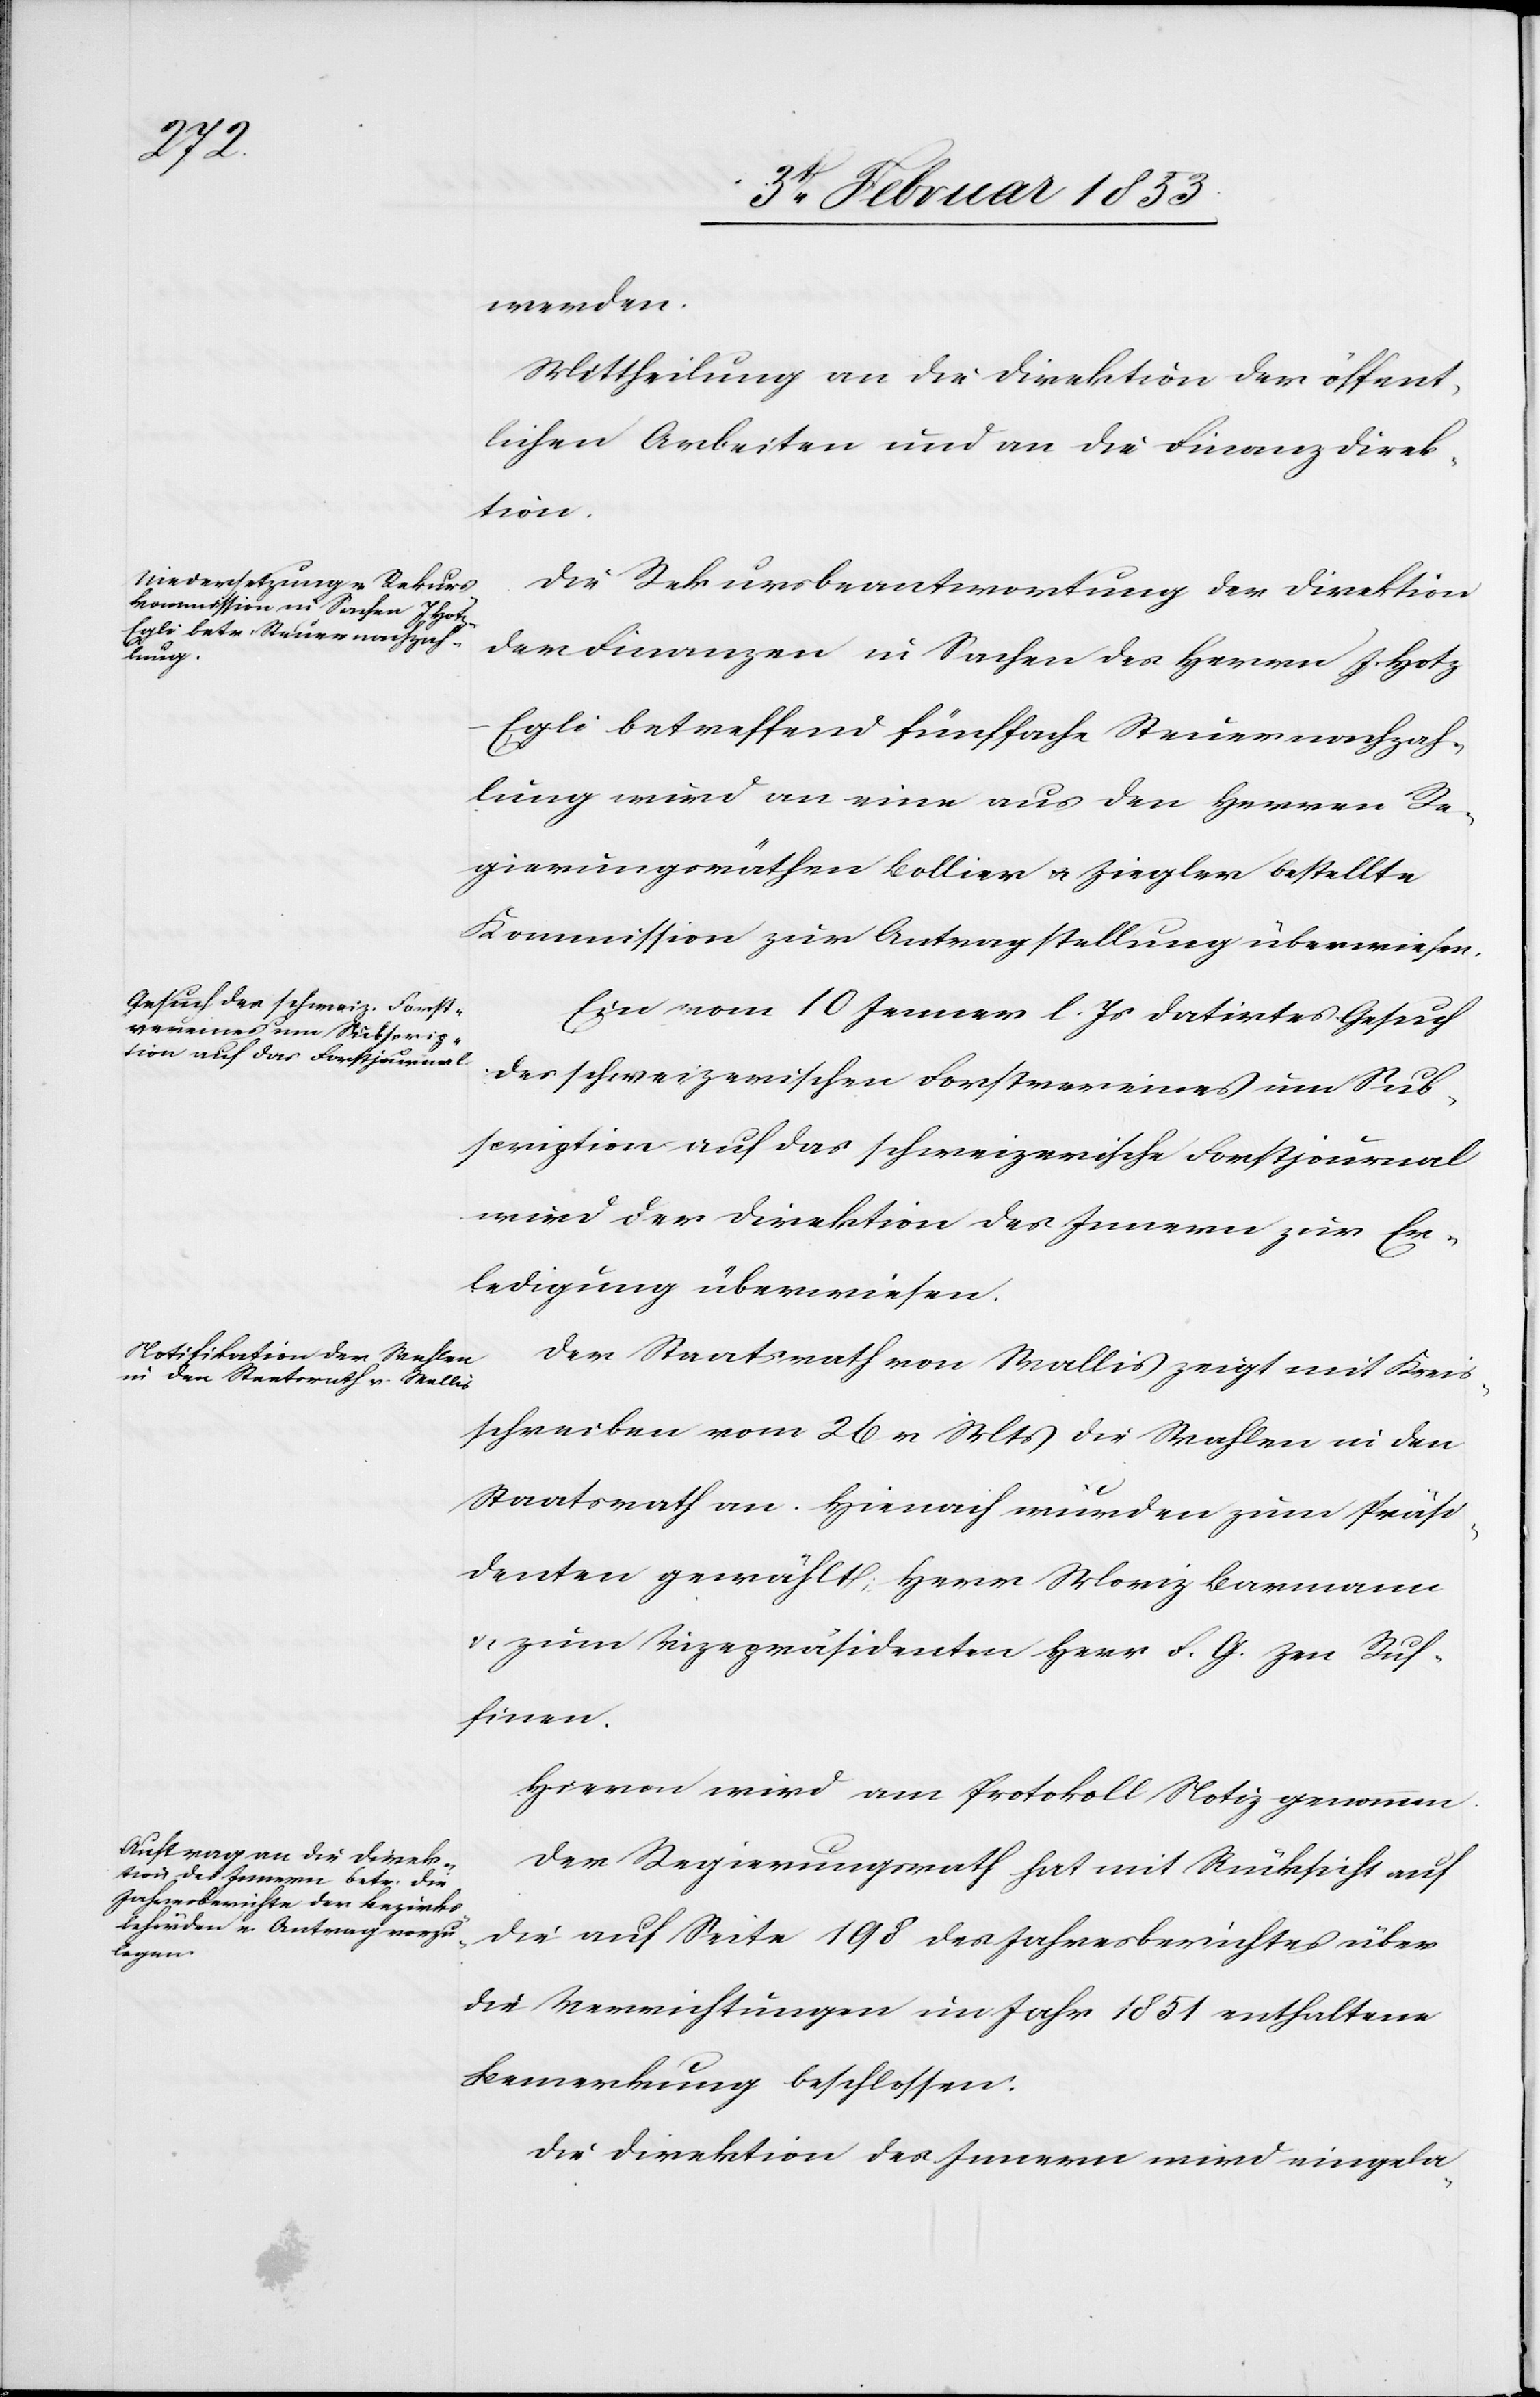
werden.
Mittheilung an die Direktion der öffent¬
lichen Arbeiten und an die Finanzdirek¬
tion.
Die Rekursbeantwortung der Direktion
der Finanzen in Sachen des Herrn J. Hotz-E¬
gli betreffend fünffache Steuernachzah¬
lung wird an eine aus den Herrn Re¬
gierungsräthen Bollier u. Ziegler bestellte
Kommission zur Antragstellung überwiesen.
Ein vom 10 Jenner l. Js. datirtes Gesuch
des schweizerischen Forstvereines um Sub¬
scription auf das schweizerische Forstjournal
wird der Direktion des Innern zur Er¬
ledigung überwiesen.
Der Staatsrath von Wallis zeigt mit Kreis¬
schreiben vom 26 v. Mts. die Wahlen in den
Staatsrath an. Hierauf wurden zum Präsi¬
denten gewählt Herr Moriz Barmann
u. zum Vizepräsidenten Herr F. G. Zen Ruf¬
finen.
Hievon wird am Protokoll Notiz genommen.
Der Regierungsrath hat mit Rücksicht auf
die auf Seite 198 des Jahresberichtes über
die Verrichtungen im Jahr 1851 enthaltene
Bemerkung beschlossen:
Die Direktion des Innern wird eingela-